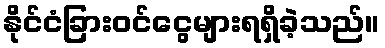
နိုင်ငံခြားဝင်ငွေများရရှိခဲ့သည်။